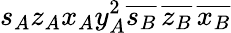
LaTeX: \displaystyle s_{A}z_{A}x_{A}y_{A}^{2}\overline{{s_{B}}}\, \overline{{z_{B}}}\, \overline{{x_{B}}}